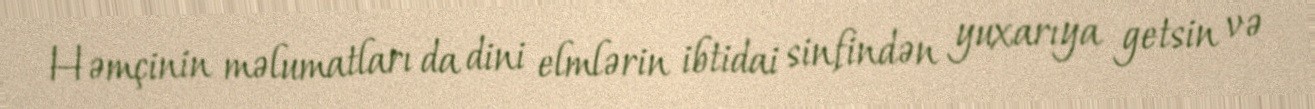
Həmçinin məlumatları da dini elmlərin ibtidai sinfindən yuxarıya getsin və